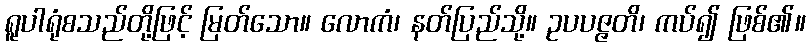
ရူပါရုံစသည်တို့ဖြင့် မြတ်သော။ လောကံ၊ နတ်ပြည်သို့။ ဥပပဇ္ဇတိ၊ ကပ်၍ ဖြစ်၏။